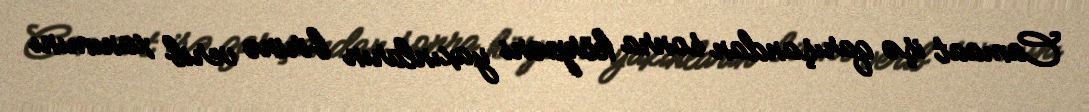
Camaat işə qarışandan sonra körpəni yaxınların birinə verib xanımını